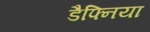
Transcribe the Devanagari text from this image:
डैफ्निया